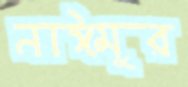
নাঈমুর